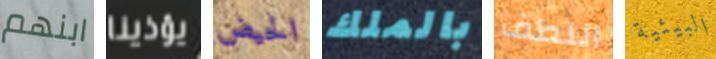
ابنهم يؤذينا الحيض بالملك اللطف البيئية